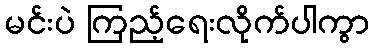
မင်းပဲ ကြည့်ရေးလိုက်ပါကွာ